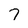
Character: 7